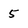
Character: 5